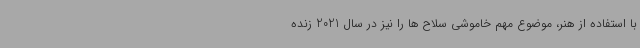
با استفاده از هنر، موضوع مهم خاموشی سلاح ها را نیز در سال 2021 زنده